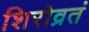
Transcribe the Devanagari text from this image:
शिरोव्रतं